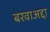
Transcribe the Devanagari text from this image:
बरवाअद्दा